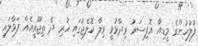
ފުލުހުންގެ މީޑިއާ އޮފިސަރު ވިދާޅުވީ ވިލާ ކޮލެޖުގައި ހުރި ދެ ތިޖޫރީއެއް ފަޅާލައި